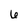
Character: 6